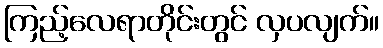
ကြည့်လေရာတိုင်းတွင် လှပလျက်။